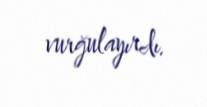
vurğulayırdı.